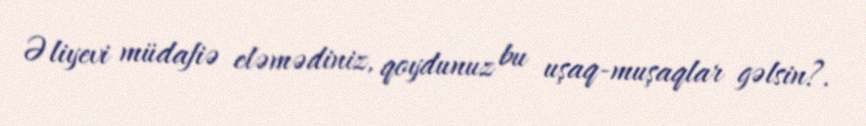
Əliyevi müdafiə eləmədiniz, qoydunuz bu uşaq-muşaqlar gəlsin?.